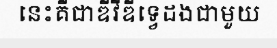
នេះគឺជាឌីវីឌីទ្វេដងជាមួយ